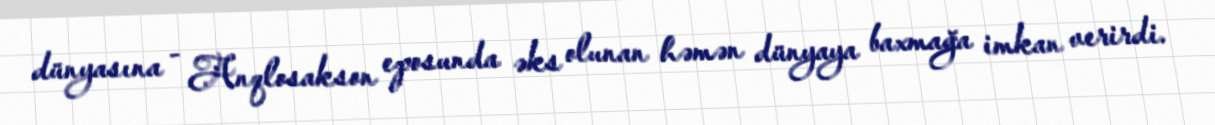
dünyasına - Anqlosakson eposunda əks olunan həmən dünyaya baxmağa imkan verirdi.